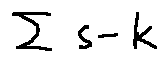
\sum s - k